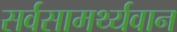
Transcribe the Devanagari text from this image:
सर्वसामर्थ्यवान